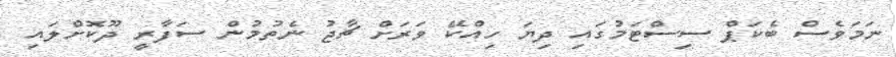
ނަމަވެސް ބެކަޕް ސިސްޓަމުގައި ދިޔަ ހިއްކޭ ވަރަށް ޗާޖު ނެތުމުން ސަފާރީ ދޫކޮށްލައި